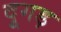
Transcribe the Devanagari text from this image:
दूगड़